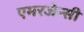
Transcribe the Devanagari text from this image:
एमरजेन्सी